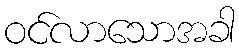
ဝင်လာသောအခါ